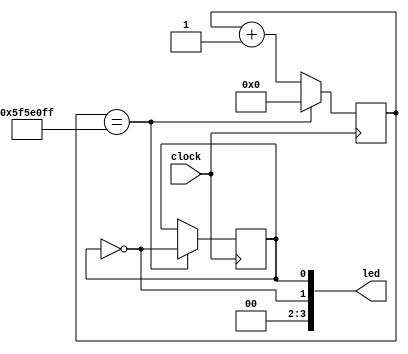
// Generated by MyHDL 1.0dev


`timescale 1ns/10ps

module catboard (
    led,
    clock
);


output [3:0] led;
reg [3:0] led;
input clock;

reg reset;
reg toggle;
reg [26:0] cnt;



always @(posedge clock) begin: CATBOARD_RTL
    if (($signed({1'b0, cnt}) == (100000000 - 1))) begin
        cnt <= 0;
        toggle <= (!toggle);
    end
    else begin
        cnt <= (cnt + 1);
    end
end


always @(toggle) begin: CATBOARD_RTL_ASSIGN
    integer ii;
    led[0] = toggle;
    led[1] = (!toggle);
    for (ii=2; ii<4; ii=ii+1) begin
        led[ii] = 0;
    end
end


always @(posedge clock) begin: CATBOARD_RTL_RESET
    reset <= (!1'b0);
end

endmodule